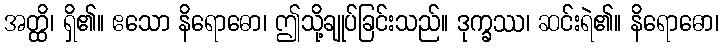
အတ္ထိ၊ ရှိ၏။ ဧသော နိရောဓော၊ ဤသို့ချုပ်ခြင်းသည်။ ဒုက္ခဿ၊ ဆင်းရဲ၏။ နိရောဓော၊